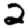
Digit: 2